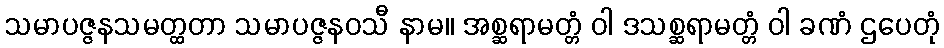
သမာပဇ္ဇနသမတ္ထတာ သမာပဇ္ဇနဝသီ နာမ။ အစ္ဆရာမတ္တံ ဝါ ဒသစ္ဆရာမတ္တံ ဝါ ခဏံ ဌပေတုံ